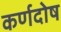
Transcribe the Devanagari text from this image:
कर्णदोष